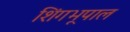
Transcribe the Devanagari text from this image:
शिंगभूपाल